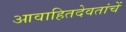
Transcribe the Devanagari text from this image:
आवाहितदेवतांचें